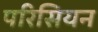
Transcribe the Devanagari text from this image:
परिसियन